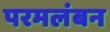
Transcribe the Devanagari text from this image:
परमलंबन